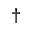
^ { \dagger }